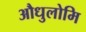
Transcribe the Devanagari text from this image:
औधुलोमि